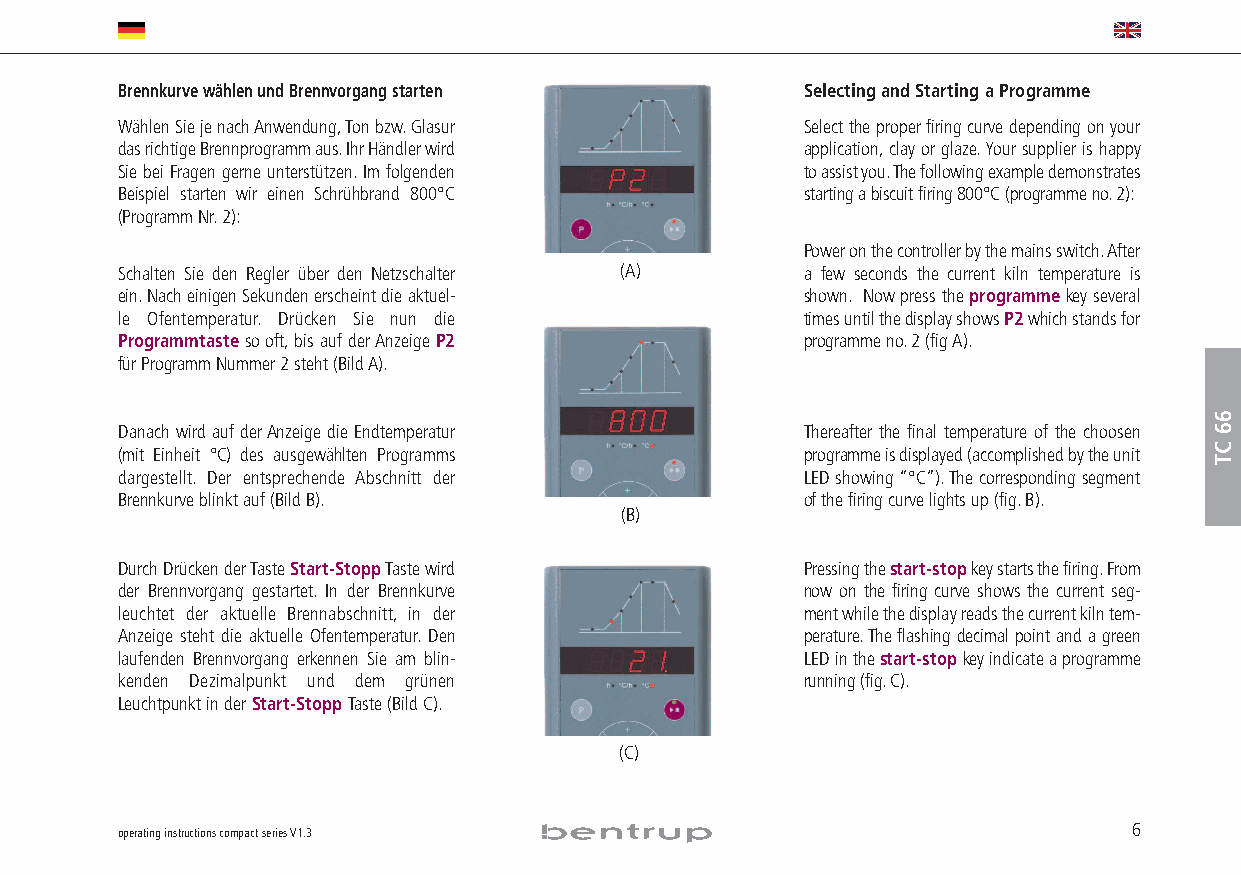
Brennkurve wählen und Brennvorgang starten   Selecting and Starting a Programme
 Wählen Sie je nach Anwendung,Ton bzw.Glasur  Select the proper firing curve depending on your
 das richtige Brennprogramm aus.Ihr Händler wird application,clay or glaze.Your supplier is happy
 Sie bei Fragen gerne unterstützen.Im folgenden to assist you.The following example demonstrates
 Beispiel starten wir einen Schrühbrand 800°C starting a biscuit firing 800°C (programme no.2):
 (Programm Nr.2):
 Power on the controller by the mains switch.After
 Schalten Sie den Regler über den Netzschalter (A) a few seconds the current kiln temperature is
 ein.Nach einigen Sekunden erscheint die aktuel- shown. Now press the programmekey several
 le Ofentemperatur. Drücken Sie nun die       times until the display shows P2which stands for
 Programmtasteso oft,bis auf der Anzeige P2   programme no.2 (fig A).
 für Programm Nummer 2 steht (Bild A).
 Danach wird auf der Anzeige die Endtemperatur Thereafter the final temperature of the choosen
 (mit Einheit °C) des ausgewählten Programms  programme is displayed (accomplished by the unit
 dargestellt. Der entsprechende Abschnitt der LED showing “°C”).The corresponding segment
 Brennkurve blinkt auf (Bild B).              of the firing curve lights up (fig.B).
 (B)
 Durch Drücken der Taste Start-StoppTastewird Pressing the start-stop key starts the firing.From
 der Brennvorgang gestartet. In der Brennkurve now on the firing curve shows the current seg-
 leuchtet der aktuelle Brennabschnitt, in der ment while the display reads the current kiln tem-
 Anzeige steht die aktuelle Ofentemperatur. Den perature.The flashing decimal point and a green
 laufenden Brennvorgang erkennen Sie am blin- LED in the start-stop key indicate a programme
 kenden Dezimalpunkt und dem grünen           running(fig.C).
 Leuchtpunkt in der Start-Stopp Taste(Bild C).
 (C)
 operating instructions compact series V1.3                         6
 66
 CT